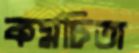
কর্মচিতা